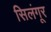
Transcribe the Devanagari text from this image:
सिलंगूर